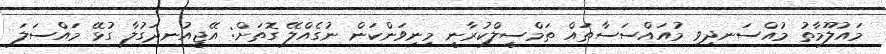
މައުލޫމާތު މުއްސަނދިވި މުއައްސަސާތައް ތަމްސީލްކުރާނީ މިނިވަންކަން ނުގެއްލޭ ގޮތަށް: އޭޖީއުނދަގުލާ ގުޅޭ މައްސަލަ